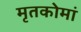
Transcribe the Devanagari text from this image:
मृतकोमां